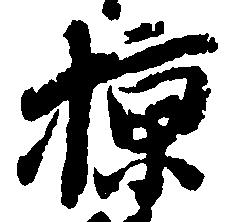
掠